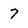
Character: 7